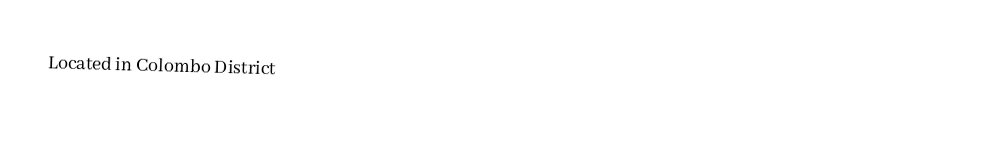
Located in Colombo District